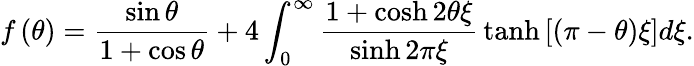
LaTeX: f\left(\theta\right)=\frac{\sin\theta}{1+\cos\theta}+4\int_{0}^{\infty}{\frac{1+\cosh 2\theta\xi}{\sinh 2\pi\xi}}\operatorname{tanh}\left[\left(\pi-\theta\right)\xi\right]d\xi.